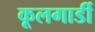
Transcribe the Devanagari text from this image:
कूलगार्डी